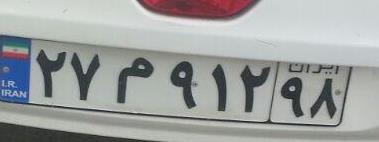
۲۷م۹۱۲۹۸